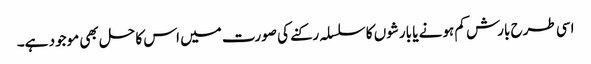
اسی طرح بارش کم ہونے یا بارشوں کا سلسلہ رکنے کی صورت میں اس کا حل بھی موجود ہے۔